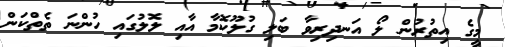
މީގެ އިތުރުން ލޯ އަނދިރިވާ ބަލި ގުލޫކޮމާ އާއި ލޮލުގައި ހުންނަ ތެތްކަން